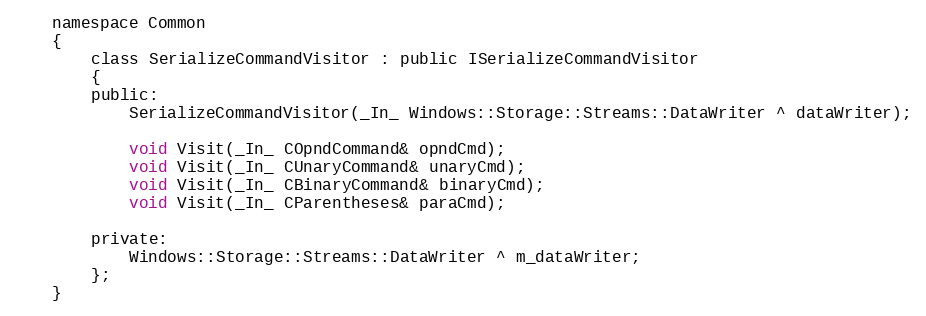
Language: C
    namespace Common
    {
        class SerializeCommandVisitor : public ISerializeCommandVisitor
        {
        public:
            SerializeCommandVisitor(_In_ Windows::Storage::Streams::DataWriter ^ dataWriter);

            void Visit(_In_ COpndCommand& opndCmd);
            void Visit(_In_ CUnaryCommand& unaryCmd);
            void Visit(_In_ CBinaryCommand& binaryCmd);
            void Visit(_In_ CParentheses& paraCmd);

        private:
            Windows::Storage::Streams::DataWriter ^ m_dataWriter;
        };
    }